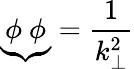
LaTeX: {\underbrace{\phi~\phi}}=\frac{1}{k_{\bot}^{2}}